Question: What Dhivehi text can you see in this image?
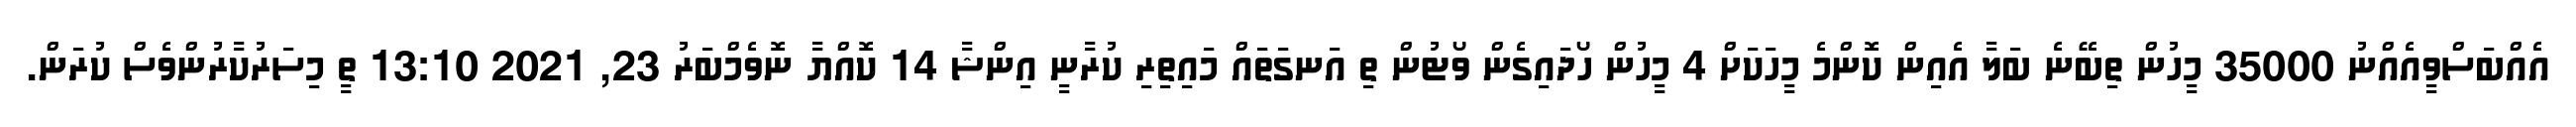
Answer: އެއްބަސްވީއެއްނު 35000 މީހުން ތިބޭނެ ބަލާ އެއިން ކޮންމެ މީހަކަށް 4 މީހުން ހޯދައިގެން ވޯޓުން ތި އަނގަތައް މައިތިރި ކުރާނީ އިންޝާ 14 ކޮއްޔާ ނޮވެމްބަރު 23, 2021 13:10 ތީ މިސަރުކާރުންވެސް ކުރަން.